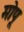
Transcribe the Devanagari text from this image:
मोपू